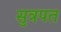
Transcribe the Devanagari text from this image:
सुत्रपत